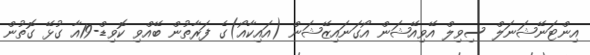
އިންޓަނޭޝަނަލް ސިވިލް އޭވިއޭޝަން އޯގަނައިޒޭޝަން (އައިކާއޯ)ގެ ފަރާތުން ބޭއްވި ކޮވިޑް-19އާ ގުޅޭ ގޮތުން